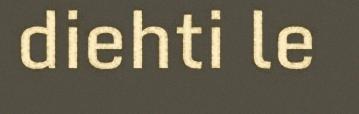
diehti le